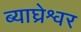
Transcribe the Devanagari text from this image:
ब्याघ्रेश्वर